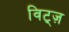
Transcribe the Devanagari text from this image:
विट्ज़